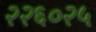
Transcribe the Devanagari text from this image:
२२६०२५